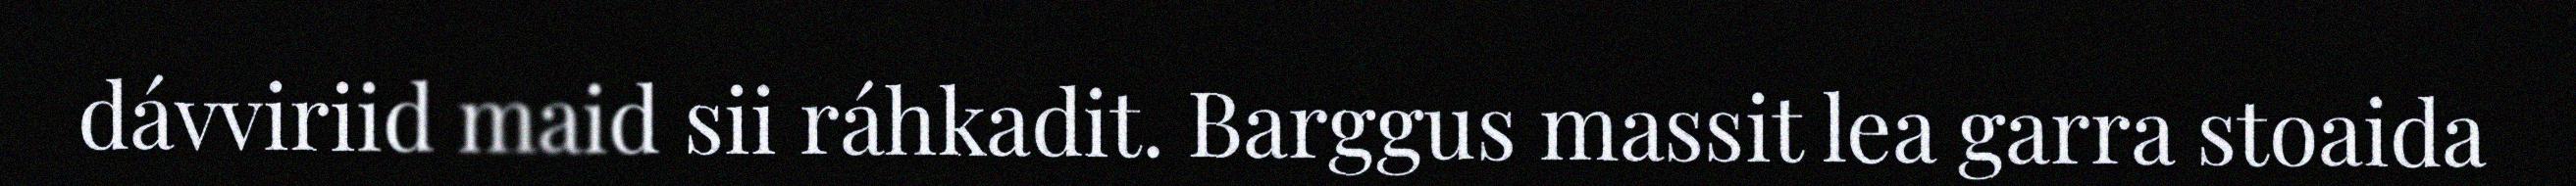
dávviriid maid sii ráhkadit. Barggus massit lea garra stoaida